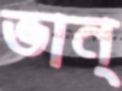
ভান্